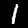
Label: 1